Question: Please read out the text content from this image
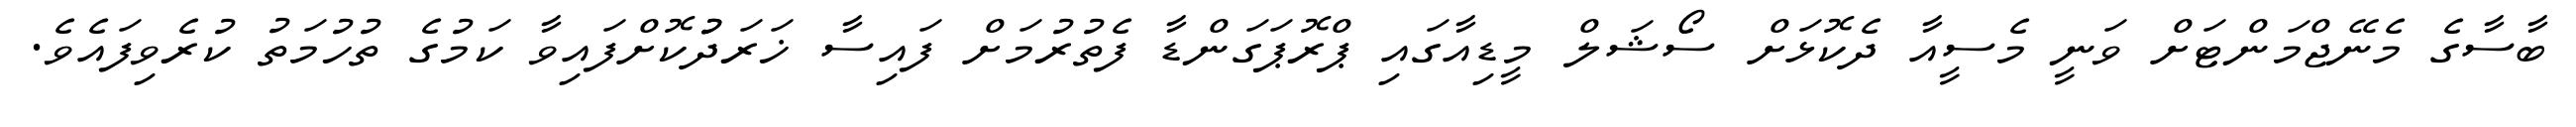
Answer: ބާސާގެ މެނޭޖްމަންޓަށް ވަނީ މެސީއާ ދެކޮޅަށް ސޯޝަލް މީޑިއާގައި ޕްރޮޕަގަންޑާ ފެތުރުމަށް ފައިސާ ޚަރަދުުކޮށްފައިވާ ކަމުގެ ތުހުމަތު ކުރެވިފައެވެ.